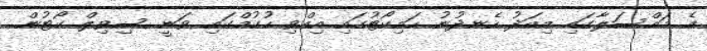
އެ މައްސަލާގައި މިއަދު ހެނދުނު ހައިކޯޓުގައި އިއްވި ހުކުމްގައި ވަނީ ސިވިލް ކޯޓުން